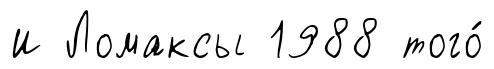
И Ломаксы 1988 того́